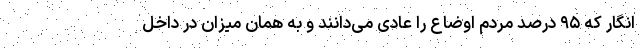
انگار که ۹۵ درصد مردم اوضاع را عادی می‌دانند و به همان میزان در داخل